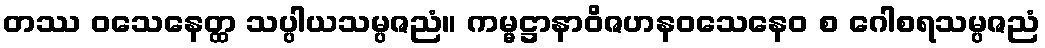
တဿ ဝသေနေတ္ထ သပ္ပါယသမ္ပဇညံ။ ကမ္မဋ္ဌာနာဝိဇဟနဝသေနေဝ စ ဂေါစရသမ္ပဇညံ